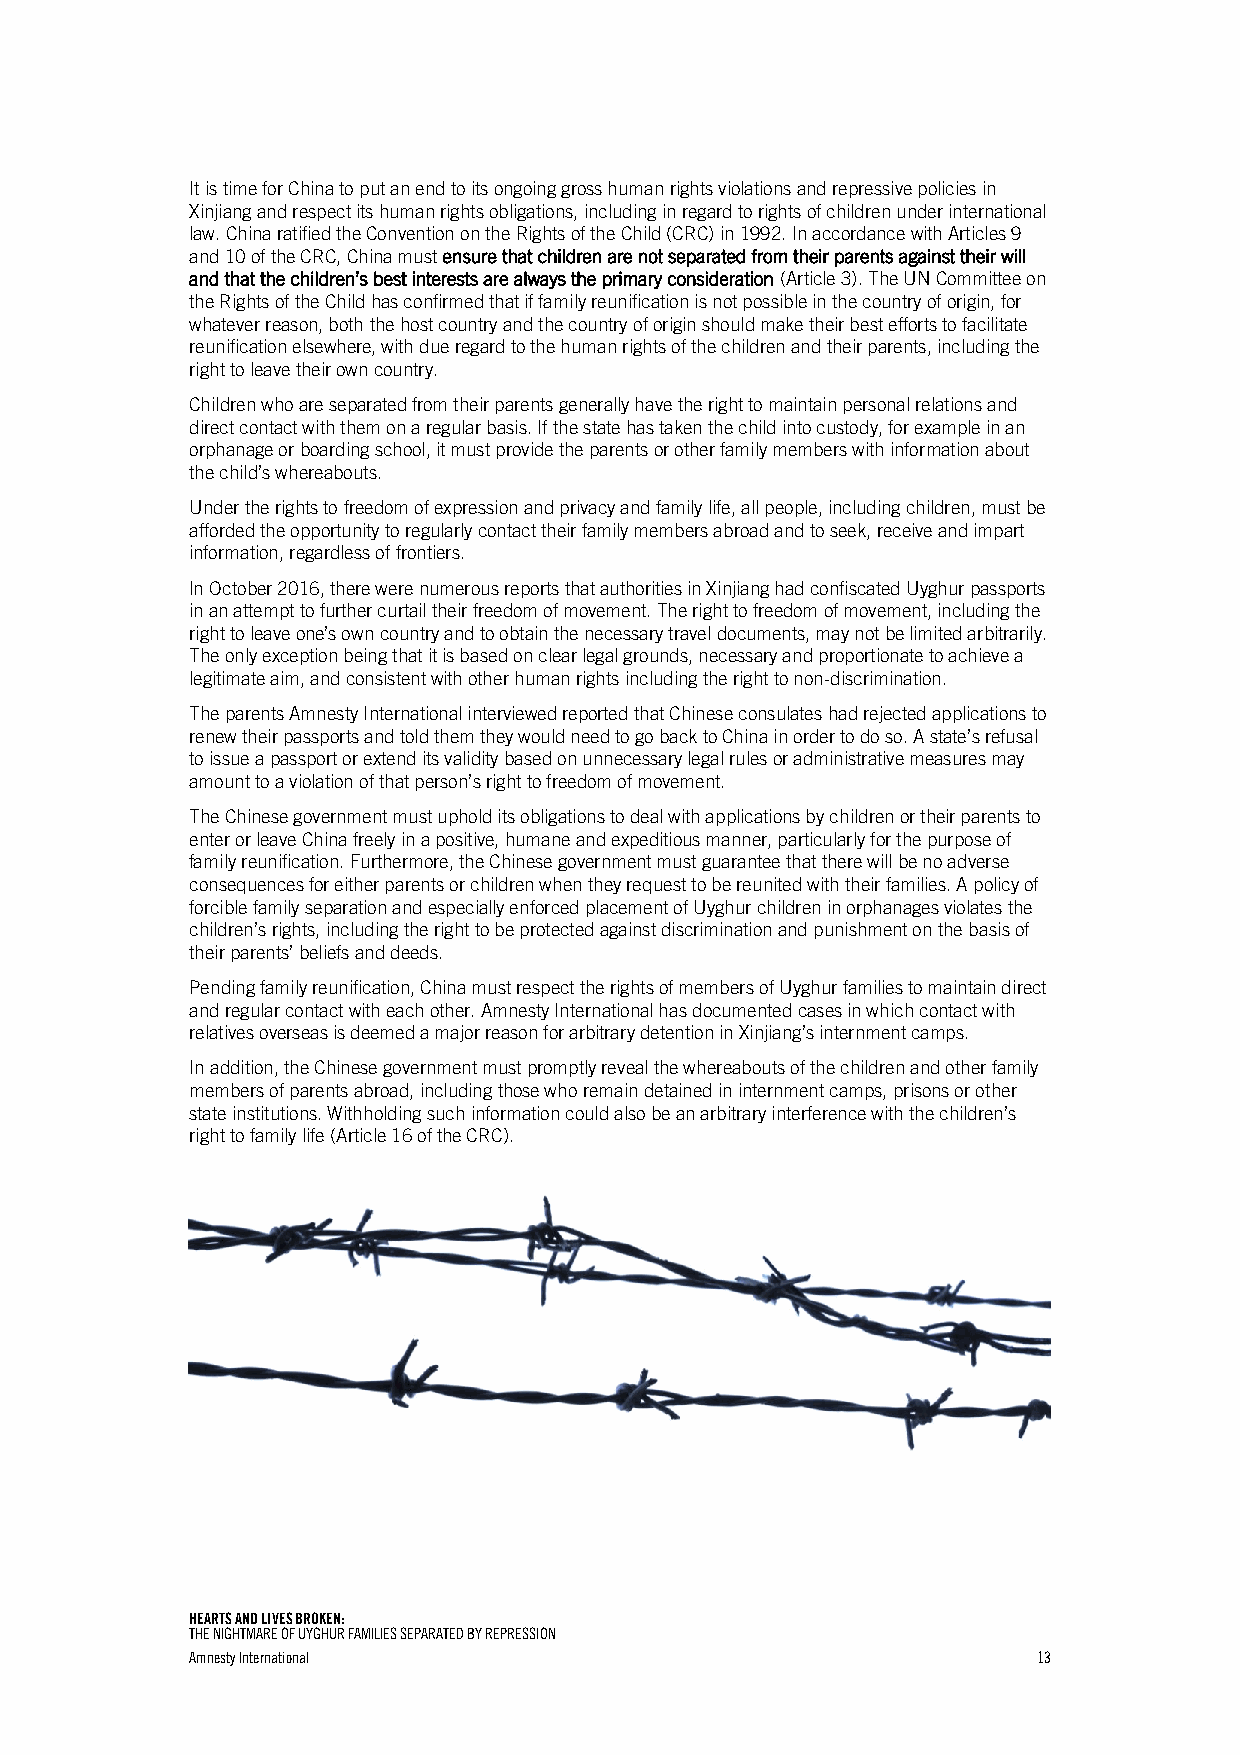
It is time for China to put an end to its ongoing gross human rights violations and repressive policies in
 Xinjiang and respect its human rights obligations, including in regard to rights of children under international
 law. China ratified the Convention on the Rights of the Child (CRC) in 1992. In accordance with Articles 9
 and 10 of the CRC, China must ensure that children are not separated from their parents against their will
 and that the children’s best interests are always the primary consideration (Article 3). The UN Committee on
 the Rights of the Child has confirmed that if family reunification is not possible in the country of origin, for
 whatever reason, both the host country and the country of origin should make their best efforts to facilitate
 reunification elsewhere, with due regard to the human rights of the children and their parents, including the
 right to leave their own country.
 Children who are separated from their parents generally have the right to maintain personal relations and
 direct contact with them on a regular basis. If the state has taken the child into custody, for example in an
 orphanage or boarding school, it must provide the parents or other family members with information about
 the child’s whereabouts.
 Under the rights to freedom of expression and privacy and family life, all people, including children, must be
 afforded the opportunity to regularly contact their family members abroad and to seek, receive and impart
 information, regardless of frontiers.
 In October 2016, there were numerous reports that authorities in Xinjiang had confiscated Uyghur passports
 in an attempt to further curtail their freedom of movement. The right to freedom of movement, including the
 right to leave one’s own country and to obtain the necessary travel documents, may not be limited arbitrarily.
 The only exception being that it is based on clear legal grounds, necessary and proportionate to achieve a
 legitimate aim, and consistent with other human rights including the right to non-discrimination.
 The parents Amnesty International interviewed reported that Chinese consulates had rejected applications to
 renew their passports and told them they would need to go back to China in order to do so. A state’s refusal
 to issue a passport or extend its validity based on unnecessary legal rules or administrative measures may
 amount to a violation of that person’s right to freedom of movement.
 The Chinese government must uphold its obligations to deal with applications by children or their parents to
 enter or leave China freely in a positive, humane and expeditious manner, particularly for the purpose of
 family reunification. Furthermore, the Chinese government must guarantee that there will be no adverse
 consequences for either parents or children when they request to be reunited with their families. A policy of
 forcible family separation and especially enforced placement of Uyghur children in orphanages violates the
 children’s rights, including the right to be protected against discrimination and punishment on the basis of
 their parents’ beliefs and deeds.
 Pending family reunification, China must respect the rights of members of Uyghur families to maintain direct
 and regular contact with each other. Amnesty International has documented cases in which contact with
 relatives overseas is deemed a major reason for arbitrary detention in Xinjiang’s internment camps.
 In addition, the Chinese government must promptly reveal the whereabouts of the children and other family
 members of parents abroad, including those who remain detained in internment camps, prisons or other
 state institutions. Withholding such information could also be an arbitrary interference with the children’s
 right to family life (Article 16 of the CRC).
 HEARTS AND LIVES BROKEN:
 THE NIGHTMARE OF UYGHUR FAMILIES SEPARATED BY REPRESSION
 Amnesty International                                   13